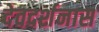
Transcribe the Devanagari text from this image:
देवदर्शनास